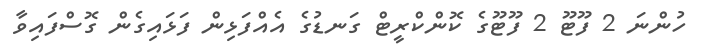
ހުންނަ 2 ފޫޓޫ 2 ފޫޓޫގެ ކޮންކްރީޓް ގަނޑުގެ އެއްފަޅިން ފަޅައިގެން ގޮސްފައިވާ